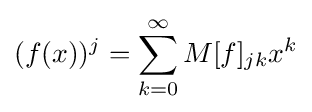
(f(x))^{j}=\sum _{k=0}^{\infty }M[f]_{jk}x^{k}